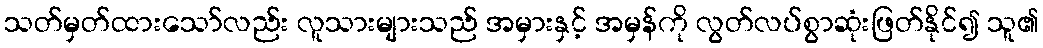
သတ်မှတ်ထားသော်လည်း လူသားများသည် အမှားနှင့် အမှန်ကို လွတ်လပ်စွာဆုံးဖြတ်နိုင်၍ သူ၏